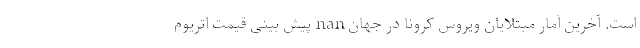
است. آخرین آمار مبتلایان ویروس کرونا در جهان nan پیش بینی قیمت اتریوم